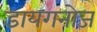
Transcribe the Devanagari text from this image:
डायगनोज